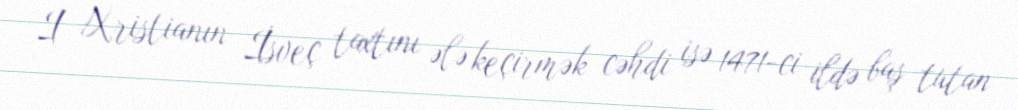
I Xristianın İsveç taxtını ələ keçirmək cəhdi isə 1471-ci ildə baş tutan